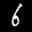
Label: 6